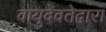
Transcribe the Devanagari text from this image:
वायुदेवतेद्वारा